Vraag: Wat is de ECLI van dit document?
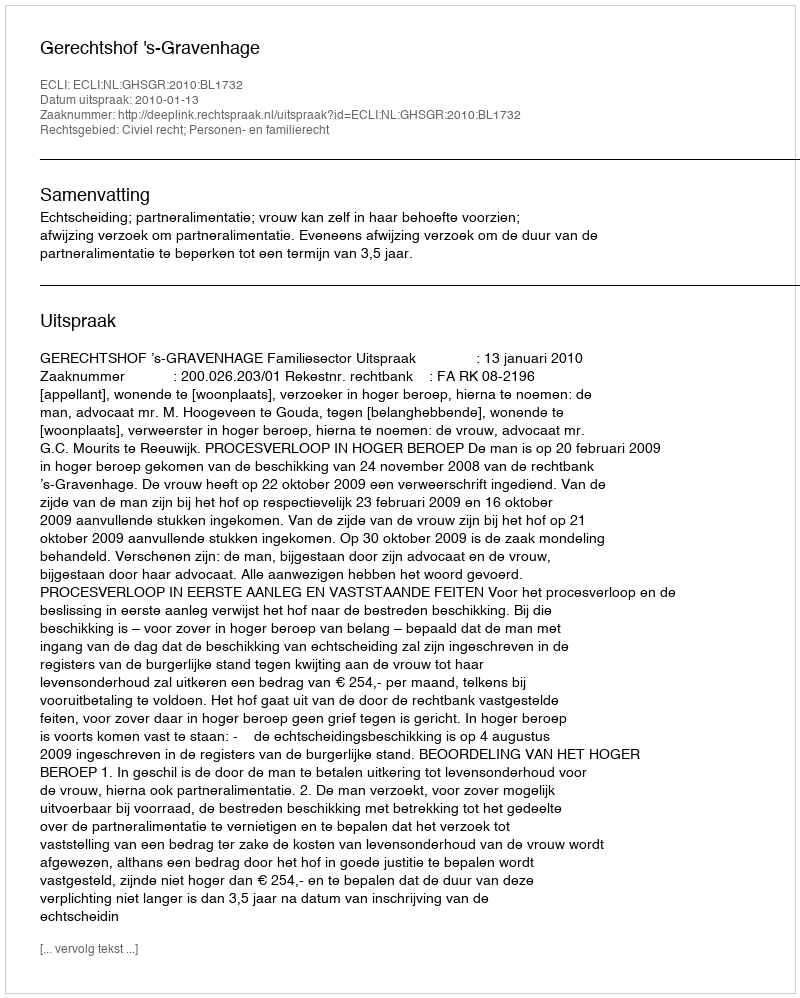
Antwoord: ECLI:NL:GHSGR:2010:BL1732